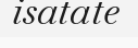
isatate